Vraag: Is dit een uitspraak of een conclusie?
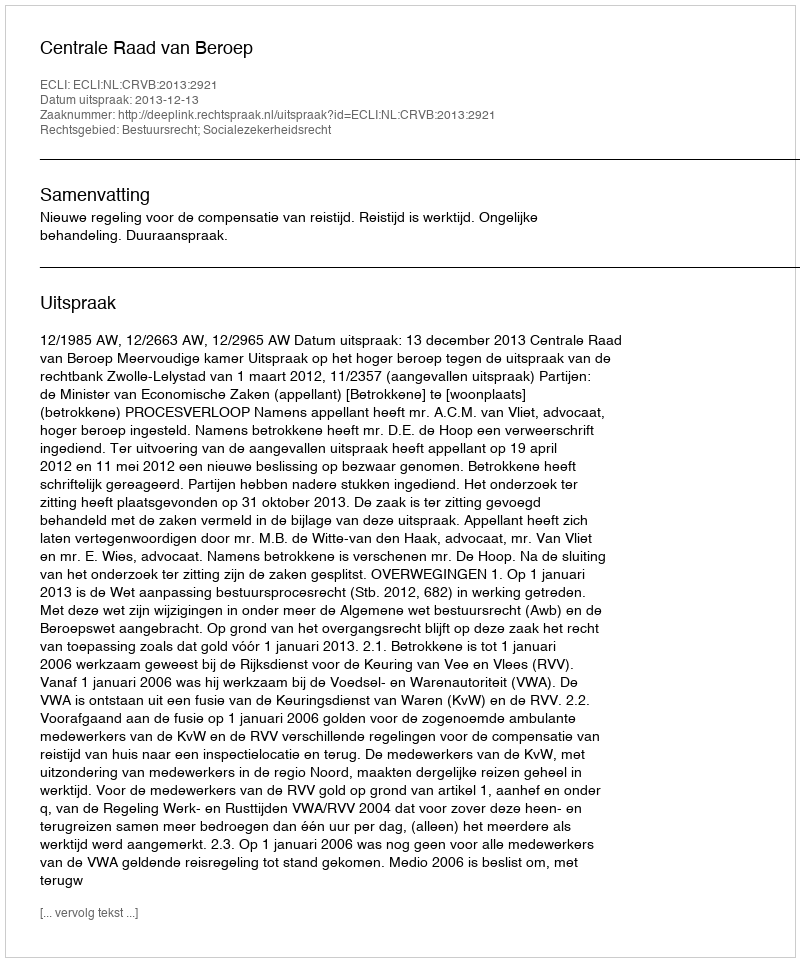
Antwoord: Uitspraak